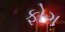
ફોગ